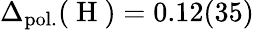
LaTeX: \Delta_{\mathrm{pol.}}(\mathrm{~H~})=0.12(35)